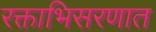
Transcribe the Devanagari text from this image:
रक्ताभिसरणात